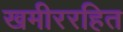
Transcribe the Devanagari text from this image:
खमीररहित